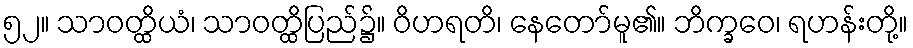
၅၂။ သာဝတ္ထိယံ၊ သာဝတ္ထိပြည်၌။ ဝိဟရတိ၊ နေတော်မူ၏။ ဘိက္ခဝေ၊ ရဟန်းတို့။